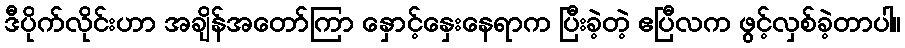
ဒီပိုက်လိုင်းဟာ အချိန်အတော်ကြာ နှောင့်နှေးနေရာက ပြီးခဲ့တဲ့ ဧပြီလက ဖွင့်လှစ်ခဲ့တာပါ။